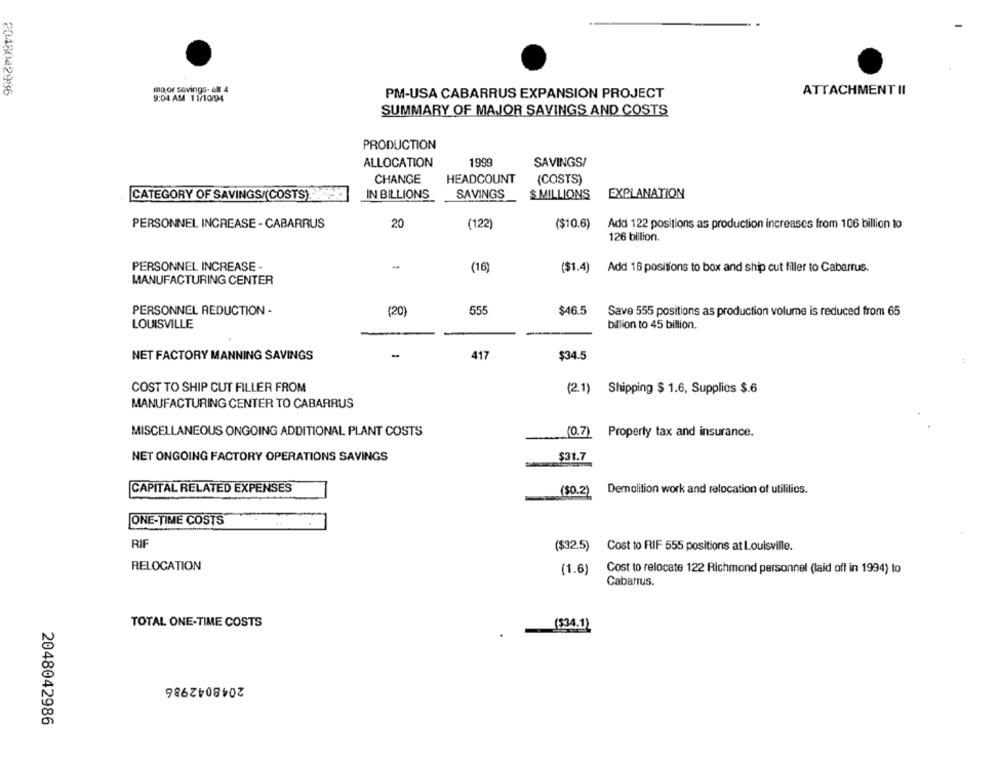
2048042986
mo or savings- ell 4
ATTACHMENT II
9:04 AM 11/10/94
PM-USA CABARRUS EXPANSION PROJECT
SUMMARY OF MAJOR SAVINGS AND COSTS
PRODUCTION
ALLOCATION
1999
SAVINGS/
CHANGE
HEADCOUNT
(COSTS)
CATEGORY OF SAVINGS/(COSTS)
IN BILLIONS
SAVINGS
$ MILLIONS
EXPLANATION
PERSONNEL INCREASE - CABARRUS
20
(122)
($10.6)
Add 122 positions as production increases from 106 billion to
126 billion.
PERSONNEL INCREASE -
-
(16)
($1.4) Add 16 positions to box and ship cut filler to Cabarrus.
MANUFACTURING CENTER
PERSONNEL REDUCTION -
(20)
555
$46.5
Save 555 positions as production volume is reduced from 65
LOUISVILLE
billion to 45 billion.
NET FACTORY MANNING SAVINGS
417
$34.5
COST TO SHIP CUT FILLER FROM
(2.1) Shipping $ 1.6, Supplies $.6
MANUFACTURING CENTER TO CABARRUS
MISCELLANEOUS ONGOING ADDITIONAL PLANT COSTS
(0.7) Property tax and insurance.
$31.7
NET ONGOING FACTORY OPERATIONS SAVINGS
CAPITAL RELATED EXPENSES
($0.2) Demolition work and relocation of utilities.
ONE-TIME COSTS
RIF
($32.5) Cost to RIF 555 positions at Louisville.
RELOCATION
(1.6)
Cost to relocate 122 Richmond personnel (laid off in 1994) to
Cabarrus.
TOTAL ONE-TIME COSTS
($34.1)
2048042986
2048042986